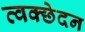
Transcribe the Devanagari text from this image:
त्वक्छेदन